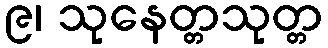
၉၊ သုနေတ္တသုတ္တ